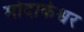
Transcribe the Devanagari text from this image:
मोदाकेश्वर